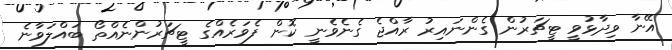
އޭނާ ވިދާޅުވީ ޓީޗަރުން ގެންނައިރު ރާއްޖެ ގެނެވެނީ ކޮން ފެވަރެއްގެ ޓީޗަރުންނެއްތޯ ބައްލަވާނެ